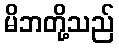
မိဘတို့သည်